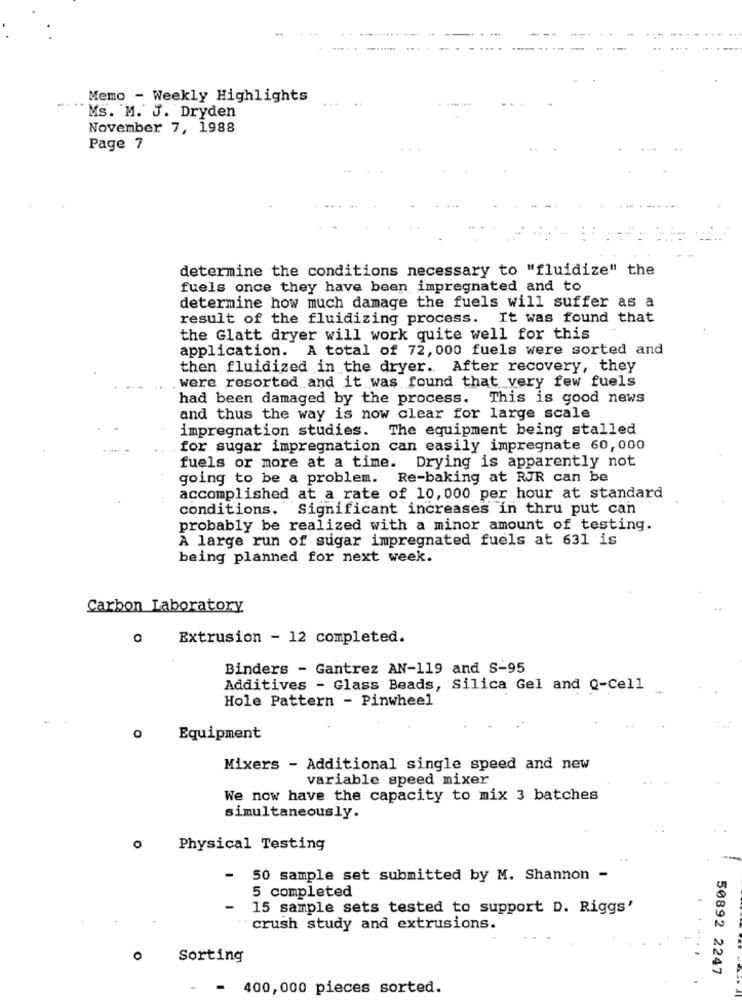
Memo - Weekly Highlights
...
...
Ms. M. J. Dryden
November 7, 1988
Page 7
determine the conditions necessary to "fluidize" the
fuels once they have been impregnated and to
determine how much damage the fuels will suffer as a
result of the fluidizing process. It was found that
the Glatt dryer will work quite well for this
application. A total of 72, 000 fuels were sorted and
then fluidized in the dryer. After recovery, they
.were resorted and it was found that very few fuels
had been damaged by the process. This is good news
and thus the way is now clear for large scale
impregnation studies. The equipment being stalled
for sugar impregnation can easily impregnate 60,000
fuels or more at a time. Drying is apparently not
going to be a problem.
Re-baking at RJR can be
accomplished at a rate of 10, 000 per hour at standard
conditions. Significant increases in thru put can
probably be realized with a minor amount of testing.
A large run of sugar impregnated fuels at 631 is
being planned for next week.
Carbon Laboratory
0 Extrusion - 12 completed.
Binders - Gantrez AN-119 and S-95
Additives - Glass Beads, Silica Gel and Q-Cell
Hole Pattern - Pinwheel
Equipment
Mixers - Additional single speed and new
variable speed mixer
We now have the capacity to mix 3 batches
simultaneously.
0
Physical Testing
50 sample set submitted by M. Shannon -
5 completed
-
15 sample sets tested to support D. Riggs'
crush study and extrusions.
0
Sorting
50892 2247
- 400,000 pieces sorted.